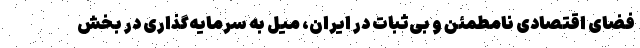
فضای اقتصادی نامطمئن و بی‌ثبات در ایران، میل به سرمایه‌گذاری در بخش